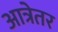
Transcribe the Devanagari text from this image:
आत्रेतर